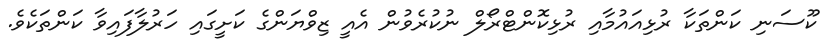
ކޫސަނި ކަންތަކާ ރުޅިއައުމާއި ރުޅިކޮންޓްރޯލް ނުކުރެވުން އެއީ ޒިވްޔަންގެ ކަށީގައި ހަރުލާފައިވާ ކަންތަކެވެ.